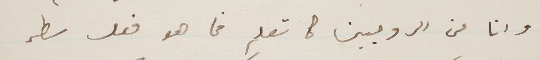
وانا من الروحيين كما تعلم فما هو فعل سطر